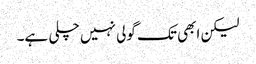
لیکن ابھی تک گولی نہیں چلی ہے۔